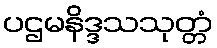
ပဌမနိဒ္ဒသသုတ္တံ